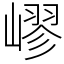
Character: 嵺